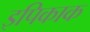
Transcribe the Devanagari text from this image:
इपिकाक